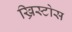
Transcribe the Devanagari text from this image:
ख्रिस्टोस